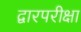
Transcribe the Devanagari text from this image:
द्वारपरीक्षा